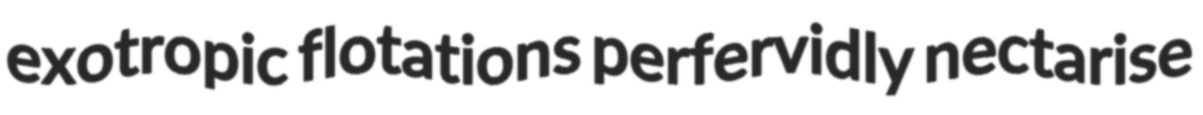
exotropic flotations perfervidly nectarise